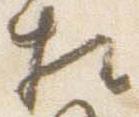
相